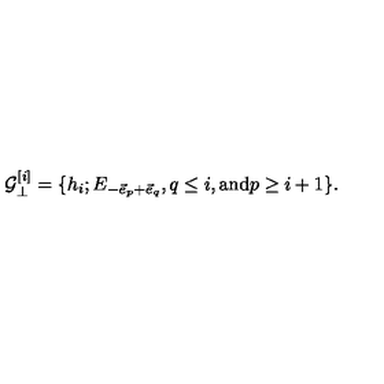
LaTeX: { \cal G } _ { \bot } ^ { [ i ] } = \{ h _ { i } ; E _ { - \vec { e } _ { p } + \vec { e } _ { q } } , q \leq i , \mathrm { a n d } p \geq i + 1 \} .